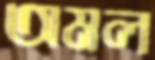
অমল